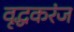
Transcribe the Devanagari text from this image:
वृद्धकरंज